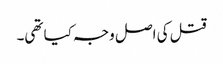
قتل کی اصل وجہ کیا تھی۔